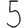
Digit: 5